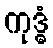
ကုဒ္ဓံ